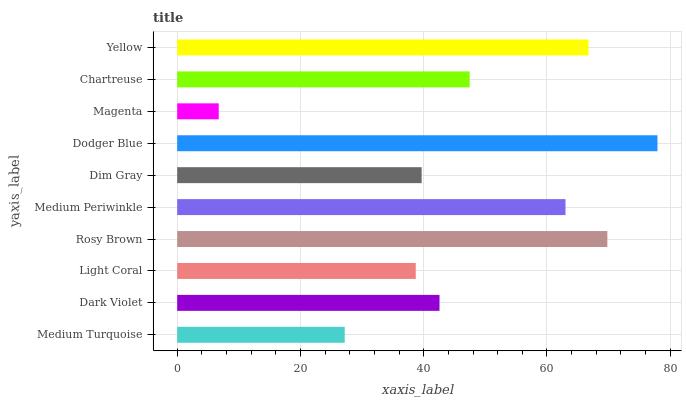
| yaxis_label | bars |
 | --- | --- |
 | Medium Turquoise | 27.2 |
 | Dark Violet | 42.6 |
 | Light Coral | 38.7 |
 | Rosy Brown | 69.8 |
 | Medium Periwinkle | 63 |
 | Dim Gray | 39.7 |
 | Dodger Blue | 77.9 |
 | Magenta | 6.74 |
 | Chartreuse | 47.5 |
 | Yellow | 66.7 |